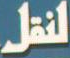
النقل